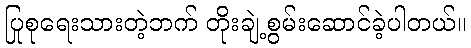
ပြုစုရေးသားတဲ့ဘက် တိုးချဲ့စွမ်းဆောင်ခဲ့ပါတယ်။